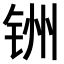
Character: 𫟻